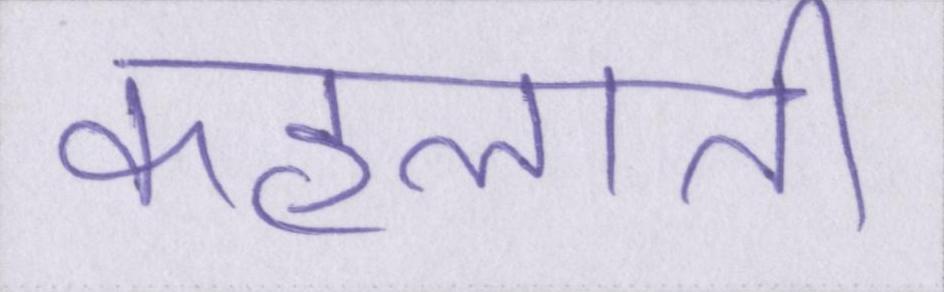
कहलाती